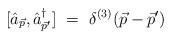
LaTeX: \begin{align*}[ \hat{a}_{\vec{p}},\hat{a}^{\dag}_{\vec{p} ' }] \ = \ \delta^{(3)}(\vec{p}-\vec{p} ' )\end{align*}